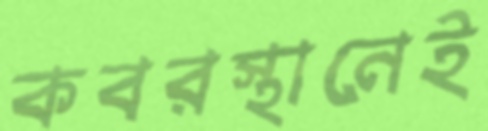
কবরস্থানেই